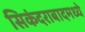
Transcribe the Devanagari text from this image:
सिकंदराबादमध्ये